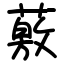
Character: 薂